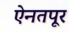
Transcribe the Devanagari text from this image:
ऐनतपूर